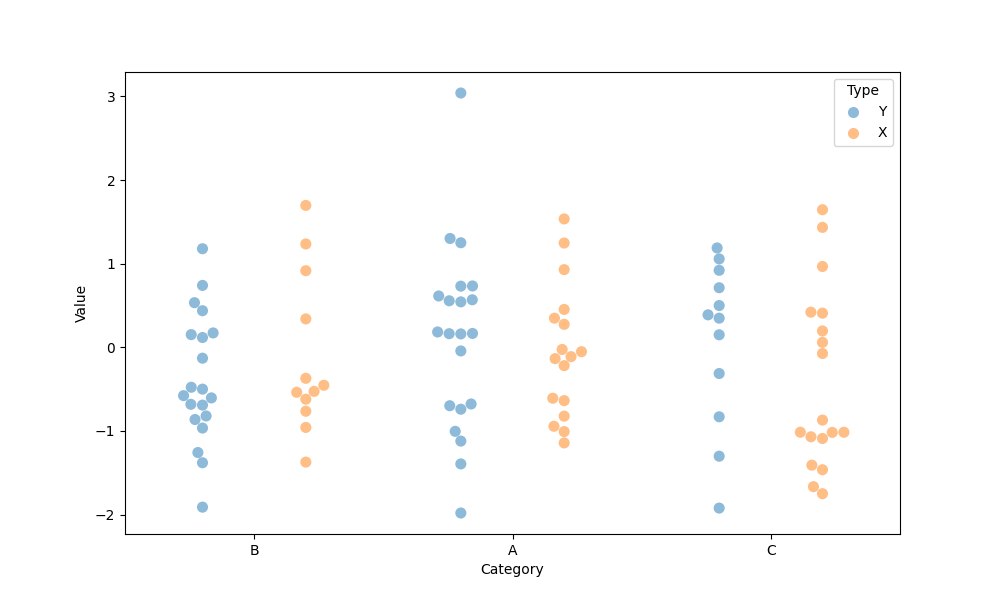
python, seaborn, swarmplot, dodge=True, alpha=0.5, size=8